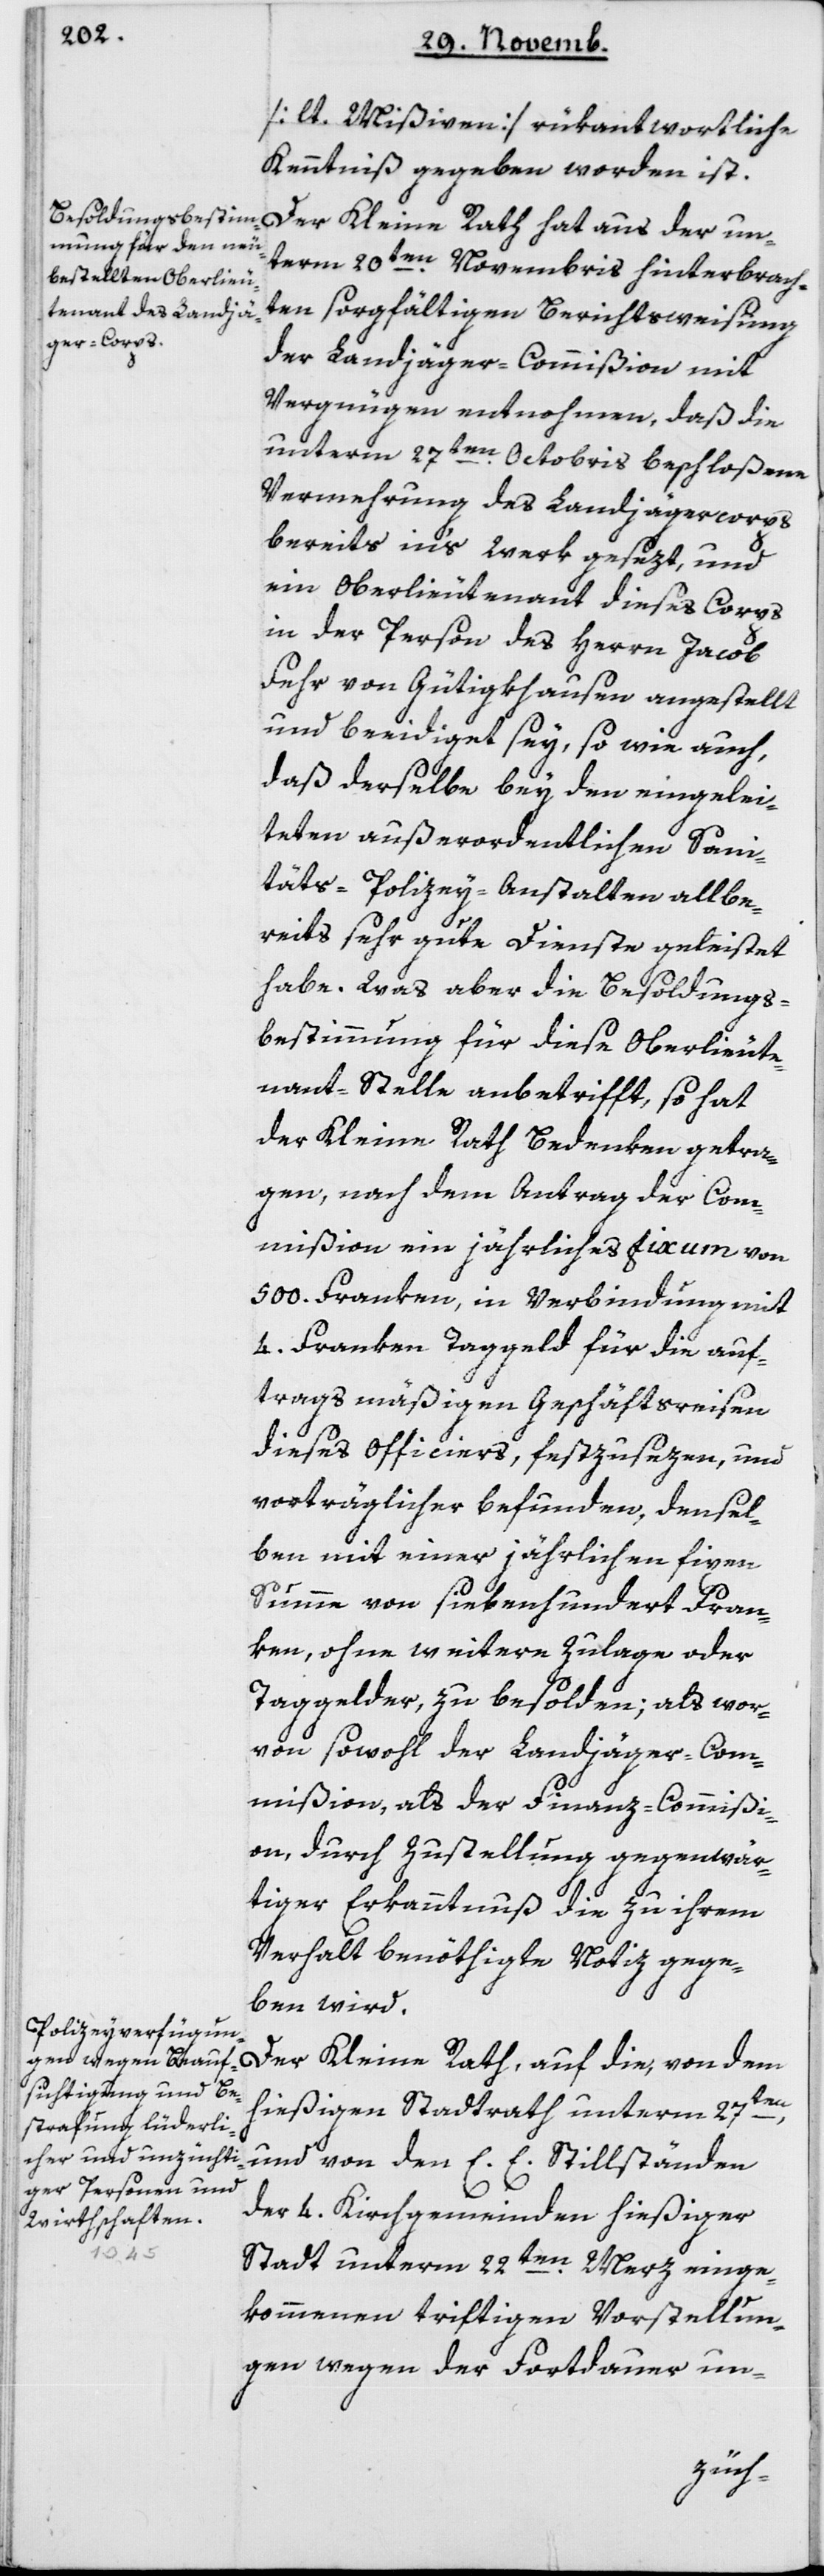
[lt. Mißiven] rükantwortliche
Kenntniß gegeben worden ist.
Der Kleine Rath hat aus der un¬
term 20ten Novembris hinterbrach¬
ten sorgfältigen Berichtsweisung
der Landjäger-Commißion mit
Vergnügen entnommen, daß die
unterm 27ten Octobris beschloßene
Vermehrung des Landjäger-Corps
bereits in’s Werk gesetzt und
ein Oberlieutenant dieses Corps
in der Person des Herrn Jacob
Fehr von Gütighausen angestellt
und beeidiget sey, so wie auch,
daß derselbe bey den eingelei¬
teten außerordentlichen Sani¬
täts-Polizey-Anstalten allbe¬
reits sehr gute Dienste geleistet
habe. Was aber die Besoldungs-B¬
estimmung für diese Oberlieute¬
nant-Stelle anbetrifft, so hat
der Kleine Rath Bedenken getra¬
gen, nach dem Antrag der Com¬
mißion ein jährliches Fixum von
500 Franken, in Verbindung mit
4 Franken Taggeld für die auf¬
tragsmäßigen Geschäftsreisen
dieses Officiers, festzusezen, und
vorträglicher befunden, densel¬
ben mit einer jährlichen fixen
Summe von siebenhundert Fran¬
ken, ohne weitere Zulage oder
Taggelder, zu besolden; als wor¬
von sowohl der Landjäger-Com¬
mißion als der Finanz-Commißi¬
on durch Zustellung gegenwär¬
tiger Erkanntnuß die zu ihrem
Verhalt benöthigte Notiz gege¬
ben wird.
Der Kleine Rath auf die, von dem
hießigen Stadtrath unterm 27ten ,
und von den E. E. Stillständen
der vier Kirchgemeinden hießiger
Stadt unterm 22ten März einge¬
kommenen triftigen Vorstellun¬
gen wegen der Fortdauer un-